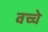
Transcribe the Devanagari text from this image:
वच्चे